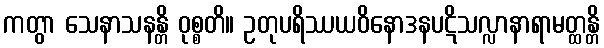
ကတွာ သေနာသနန္တိ ဝုစ္စတိ။ ဥတုပရိဿယဝိနောဒနပဋိသလ္လာနာရာမတ္ထန္တိ